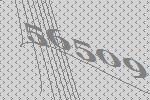
56509